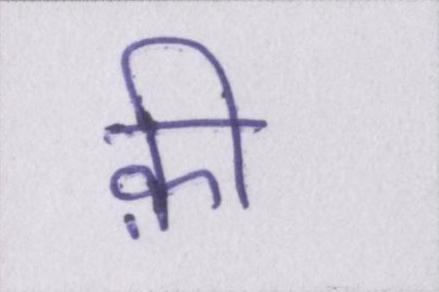
क़ी